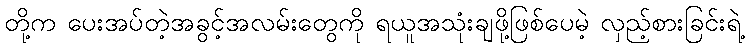
တို့က ပေးအပ်တဲ့အခွင့်အလမ်းတွေကို ရယူအသုံးချဖို့ဖြစ်ပေမဲ့ လှည့်စားခြင်းရဲ့